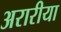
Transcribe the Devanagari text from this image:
अरारीया